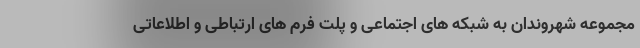
مجموعه شهروندان به شبکه های اجتماعی و پلت فرم های ارتباطی و اطلاعاتی